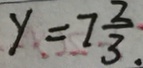
y = 7 \frac { 2 } { 3 }